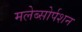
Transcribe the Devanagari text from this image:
मलेब्सोर्पशन